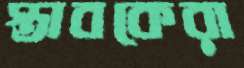
স্তাবকেরা